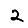
Digit: 2